Leaving Certificate Examination, 1918, 1918
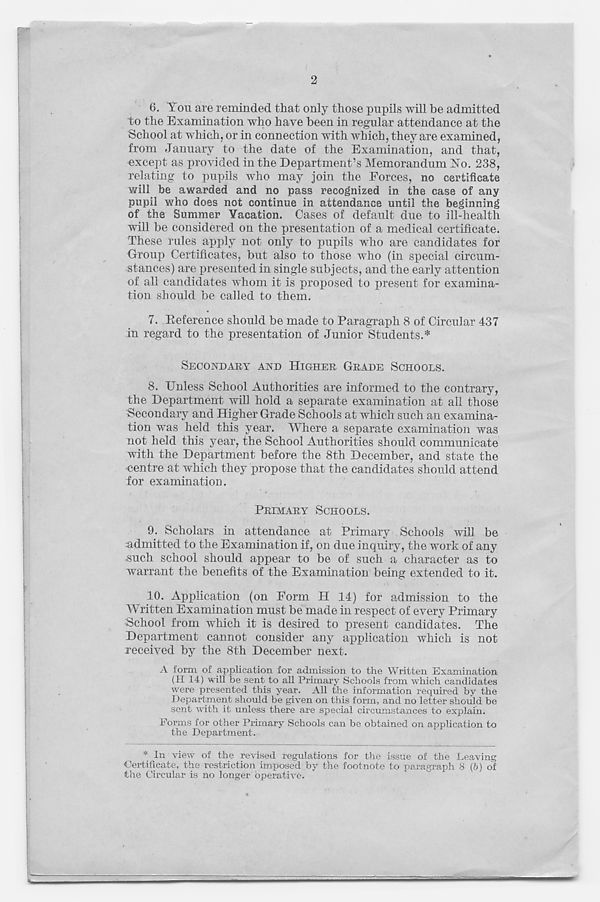
6. You are reminded that only those pupils will be admitted
to the Examination who have been in regular attendance at the
School at which, or in connection with which, they are examined,
from January to the date of the Examination, and that,
except as provided in the Department’s Memorandum Yo. 238,
relating to pupils who may join the Forces, no certificate
will be awarded and no pass recognized in the case of any
pupil who does not continue in attendance until the beginning
of the Summer Vacation. Cases of default due to ill-health
will be considered on the presentation of a medical certificate.
These rules apply not only to pupils who are candidates for
Group Certificates, but also to those who (in special circum-
stances) are presented in single subjects, and the early attention
of all candidates whom it is proposed to present for examina-
tion should be called to them.
7. Reference should be made to Paragraph 8 of Circular 437
in regard to the presentation of Junior Students.*
SECONDARY AND HIGHER GRADE SCHOOLS.
8. Unless School Authorities are informed to the contrary,
the Department will hold a separate examination at all those
Secondary and Higher Grade Schools at which such an examina-
tion was held this year. Where a separate examination was
not held this year, the School Authorities should communicate
with the Department before the 8th December, and state the
•centre at which they propose that the candidates should attend
for examination.
PRIMARY SCHOOLS.
9. Scholars in attendance at Primary Schools will be
admitted to the Examination if, on due inquiry, the work of any
■ such school should appear to be of such a character as to
warrant the benefits of the Examination being extended to it.
10. Application (on Form II 14) for admission to the
\\ ritten Examination must be made in respect of every Primary
School from which it is desired to present candidates. The
Department cannot consider any application which is not
received by the 8th December next.
A form of application for admission to the Written Examination
(H 14) will be sent to all Primary Schools from which candidates
were presented this year. All the information required by the
Department should be given on this form, and no letter should be
sent with it unless there are special circumstances to explain.
Forms for other Primary Schools can be obtained on application to
the Department.
* In view of the revised regulations for the issue of the Leaving
Certificate, the restriction imposed by the footnote to paragraph 8 (5) of
the Circular is no longer operative.